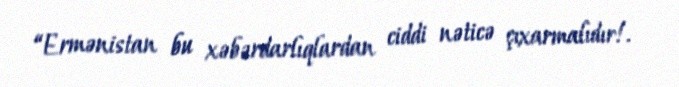
“Ermənistan bu xəbərdarlıqlardan ciddi nəticə çıxarmalıdır!.